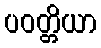
ပဝတ္တိယာ